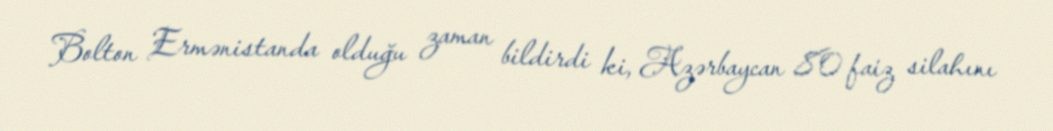
Bolton Ermənistanda olduğu zaman bildirdi ki, Azərbaycan 80 faiz silahını